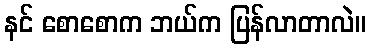
နင် စောစောက ဘယ်က ပြန်လာတာလဲ။